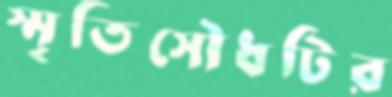
স্মৃতিসৌধটির